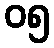
၀၅